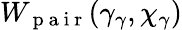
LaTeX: W_{\mathrm{~p~a~i~r~}}(\gamma_{\gamma},\chi_{\gamma})